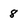
Character: 8